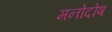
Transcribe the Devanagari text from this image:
मनोदोष